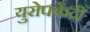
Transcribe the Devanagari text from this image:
युरोपकेंद्री